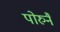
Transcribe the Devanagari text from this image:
पोरुनै